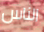
الناس